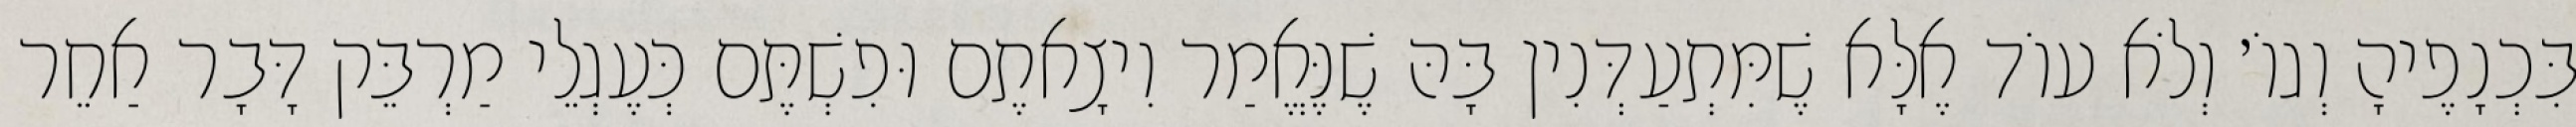
בִּכְנָפֶיהָ וְגוֹ׳ וְלֹא עוֹד אֶלָּא שֶׁמִּתְעַדְּנִין בָּהּ שֶׁנֶּאֱמַר וִיצָאתֶם וּפִשְׁתֶּם כְּעֶגְלֵי מַרְבֵּק דָּבָר אַחֵר